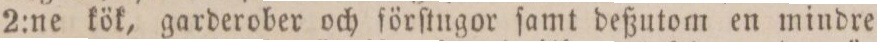
2:ne kök, garderober och förſtugor ſamt deßutom en mindre